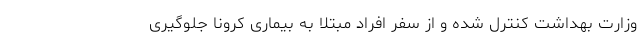
وزارت بهداشت کنترل شده و از سفر افراد مبتلا به بیماری کرونا جلوگیری